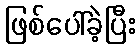
ဖြစ်ပေါ်ခဲ့ပြီး